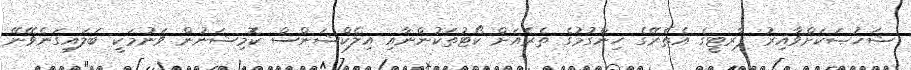
ޝަޚުޞަކަށްވާއިރު ޕާރޓީގެ އެތެރޭގެ ހިންގުމުގެ ތެރެއަށް ކޯޓުތަކުންނާއި އިލެކްޝަންސް ކޮމިޝަނުން ވަނުމަކީ ބަލައިގަނެވޭނޭ